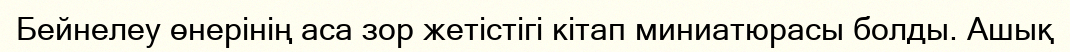
Бейнелеу өнерінің аса зор жетістігі кітап миниатюрасы болды. Ашық